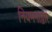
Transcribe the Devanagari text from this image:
नियमनाद्वारे